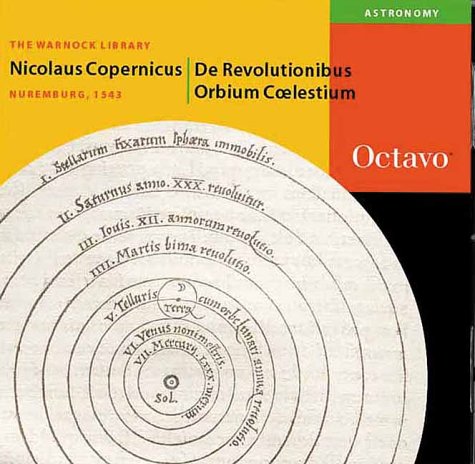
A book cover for De Revolutionibus Orbium Coelestium (Latin and English Edition); Nicolaus Copernicus; Science & Math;